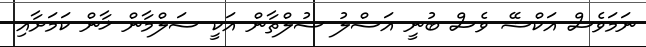
ނަމަވެސް އަކްޝޭ ވެސް ބުނީ އަސްލު ސުލްތާން އަކީ ސަލްމާން ޚާން ކަމަށާއި